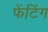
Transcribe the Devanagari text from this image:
फेंटिंग